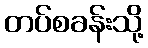
တပ်စခန်းသို့